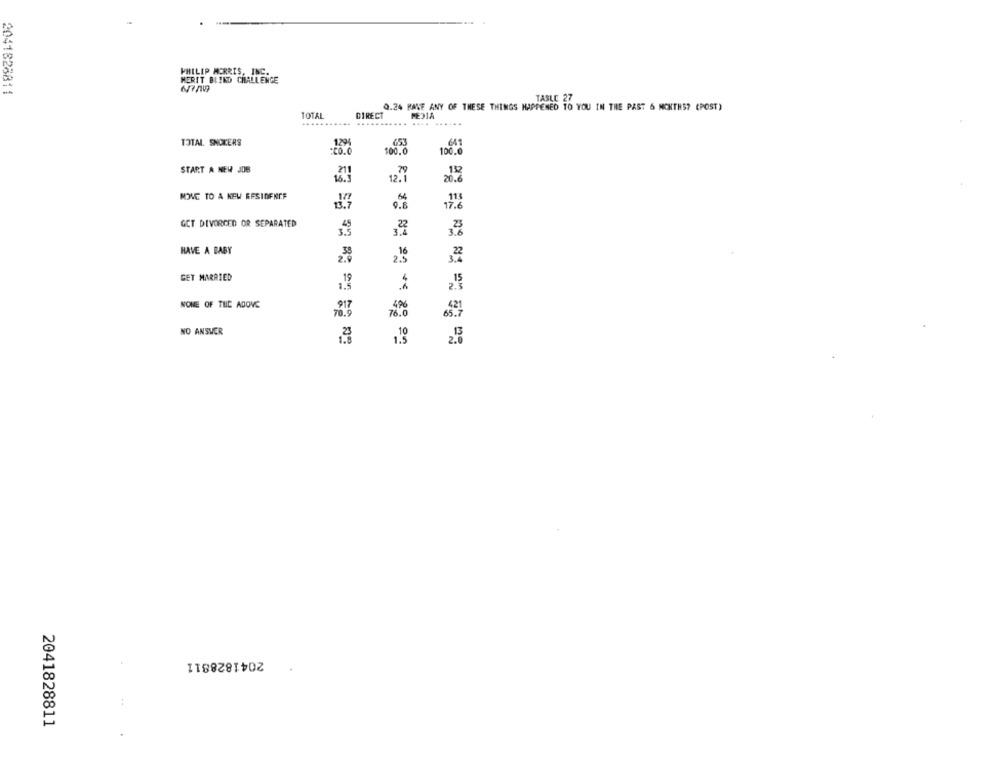
PHILIP MORRIS, INC.
MERIT BLIND CHALLENGE
2041828811
TABLE 27
0.24 HAVE ANY OF THESE THINGS HAPPENED TO YOU IN THE PAST 6 MONTHS? (POST)
TOTAL
DIRECT
MEDIA
.....
....
....
......
TOTAL. SNOKERS
653
641
100.0
START A NEW JOB
.79
12.1
20%
MOVE TO A KEW RESIDENCE
64
0.8
GET DIVORCED OR SEPARATED
,22
HAVE A BABY
2.3
GET MARRIED
25
NONE OF THE ABOVE
496
NO ANSWER
2041828811
2041828811